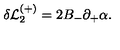
\delta { \cal L } _ { 2 } ^ { ( + ) } = 2 B _ { - } \partial _ { + } \alpha .